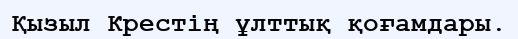
Қызыл Крестің ұлттық қоғамдары.